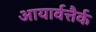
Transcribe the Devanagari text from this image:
आयार्वत्तैर्क